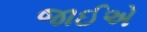
જાઈએ